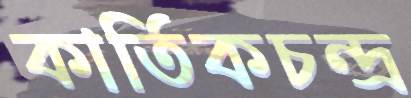
কার্তিকচন্দ্র